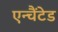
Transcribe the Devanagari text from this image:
एन्चैंटेड